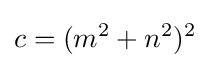
c=(m^{2}+n^{2})^{2}